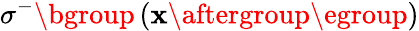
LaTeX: \sigma^{-}\mathopen{}\mathclose\bgroup\left(\mathbf{x}\aftergroup\egroup\right)